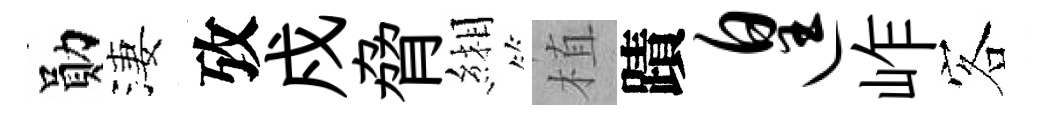
勛淒攷戍脅緗植蹟遑岞客